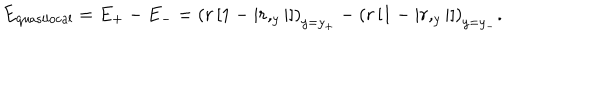
E _ { \mathrm { q u a s i l o c a l } } = E _ { + } - E _ { - } = \left( r \left[ 1 - \left| r , _ { y } \right| \right] \right) _ { y = y _ { + } } - \left( r \left[ 1 - \left| r , _ { y } \right| \right] \right) _ { y = y _ { - } } .